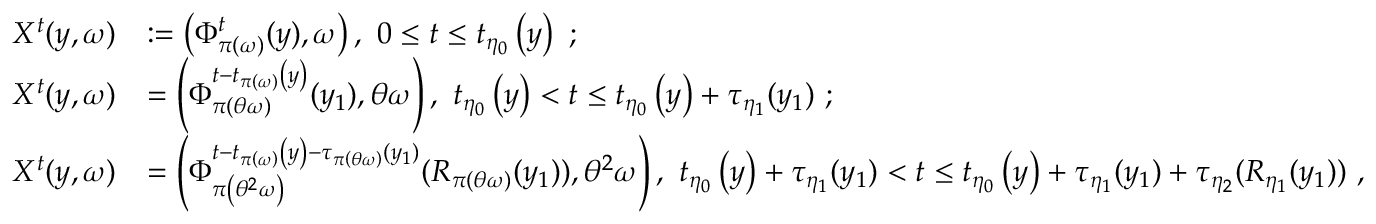
\begin{array} { r l } { X ^ { t } ( y , \omega ) } & { : = \left( \Phi _ { \pi \left( \omega \right) } ^ { t } ( y ) , \omega \right) , \ 0 \leq t \leq t _ { \eta _ { 0 } } \left( y \right) \ ; } \\ { X ^ { t } ( y , \omega ) } & { = \left( \Phi _ { \pi \left( \theta \omega \right) } ^ { t - t _ { \pi \left( \omega \right) } \left( y \right) } ( y _ { 1 } ) , \theta \omega \right) , \ t _ { \eta _ { 0 } } \left( y \right) < t \leq t _ { \eta _ { 0 } } \left( y \right) + \tau _ { \eta _ { 1 } } ( y _ { 1 } ) \ ; } \\ { X ^ { t } ( y , \omega ) } & { = \left( \Phi _ { \pi \left( \theta ^ { 2 } \omega \right) } ^ { t - t _ { \pi \left( \omega \right) } \left( y \right) - \tau _ { \pi \left( \theta \omega \right) } ( y _ { 1 } ) } ( R _ { \pi \left( \theta \omega \right) } ( y _ { 1 } ) ) , \theta ^ { 2 } \omega \right) , \ t _ { \eta _ { 0 } } \left( y \right) + \tau _ { \eta _ { 1 } } ( y _ { 1 } ) < t \leq t _ { \eta _ { 0 } } \left( y \right) + \tau _ { \eta _ { 1 } } ( y _ { 1 } ) + \tau _ { \eta _ { 2 } } ( R _ { \eta _ { 1 } } ( y _ { 1 } ) ) \ , } \end{array}